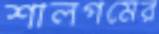
শালগমের